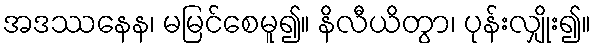
အဒဿနေန၊ မမြင်စေမူ၍။ နိလီယိတွာ၊ ပုန်းလျှိုး၍။